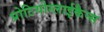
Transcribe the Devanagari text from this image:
प्रोटियोग्लाईकैन्स